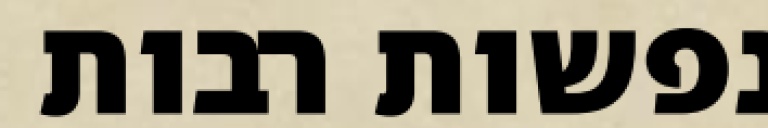
נפשות רבות